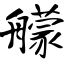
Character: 艨